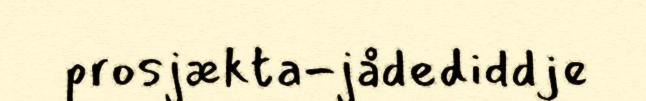
prosjækta-jådediddje